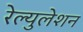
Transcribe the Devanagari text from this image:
रेल्युलेशन